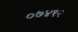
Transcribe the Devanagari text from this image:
०७४१२